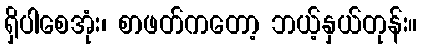
ရှိပါစေအုံး၊ စာဖတ်ကတော့ ဘယ့်နှယ်တုန်း။